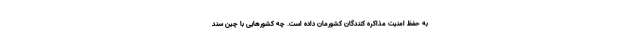
به حفظ امنیت مذاکره کنندگان کشورمان داده است. چه کشورهایی با چین سند